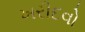
ખરીદવો